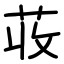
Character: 荍